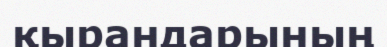
қырандарының